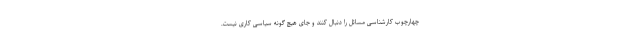
چهارچوب کارشناسی مسائل را دنبال کنند و جای هیچ گونه سیاسی کاری نیست.